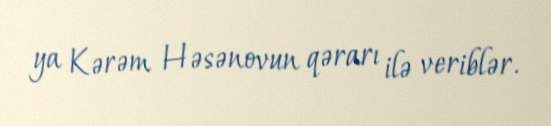
ya Kərəm Həsənovun qərarı ilə veriblər.